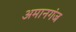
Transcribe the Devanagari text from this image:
अमानगंज